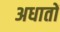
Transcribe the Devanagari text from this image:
अधातों